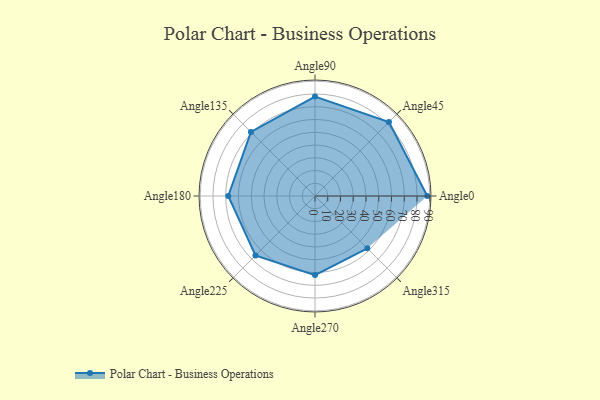
{"axis": {"x": "Angle", "y": "Radius"}, "legend": [""], "data": [{"x": "Angle0", "y": 88.0, "type": ""}, {"x": "Angle45", "y": 82.0, "type": ""}, {"x": "Angle90", "y": 78.0, "type": ""}, {"x": "Angle135", "y": 71.0, "type": ""}, {"x": "Angle180", "y": 68.0, "type": ""}, {"x": "Angle225", "y": 66.0, "type": ""}, {"x": "Angle270", "y": 62.0, "type": ""}, {"x": "Angle315", "y": 58.0, "type": ""}]}